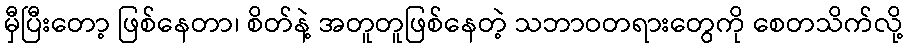
မှီပြီးတော့ ဖြစ်နေတာ၊ စိတ်နဲ့ အတူတူဖြစ်နေတဲ့ သဘာဝတရားတွေကို စေတသိက်လို့